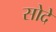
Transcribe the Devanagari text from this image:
सोदे